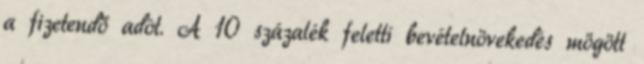
a fizetendő adót. A 10 százalék feletti bevételnövekedés mögött